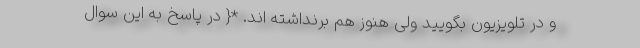
و در تلویزیون بگویید ولی هنوز هم برنداشته اند. *{ در پاسخ به این سوال